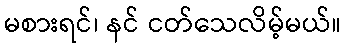
မစားရင်၊ နင် ငတ်သေလိမ့်မယ်။